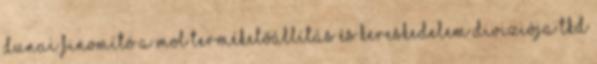
Dunai Finomító a MOL Termékelőállítás és Kereskedelem Diviziója TKD